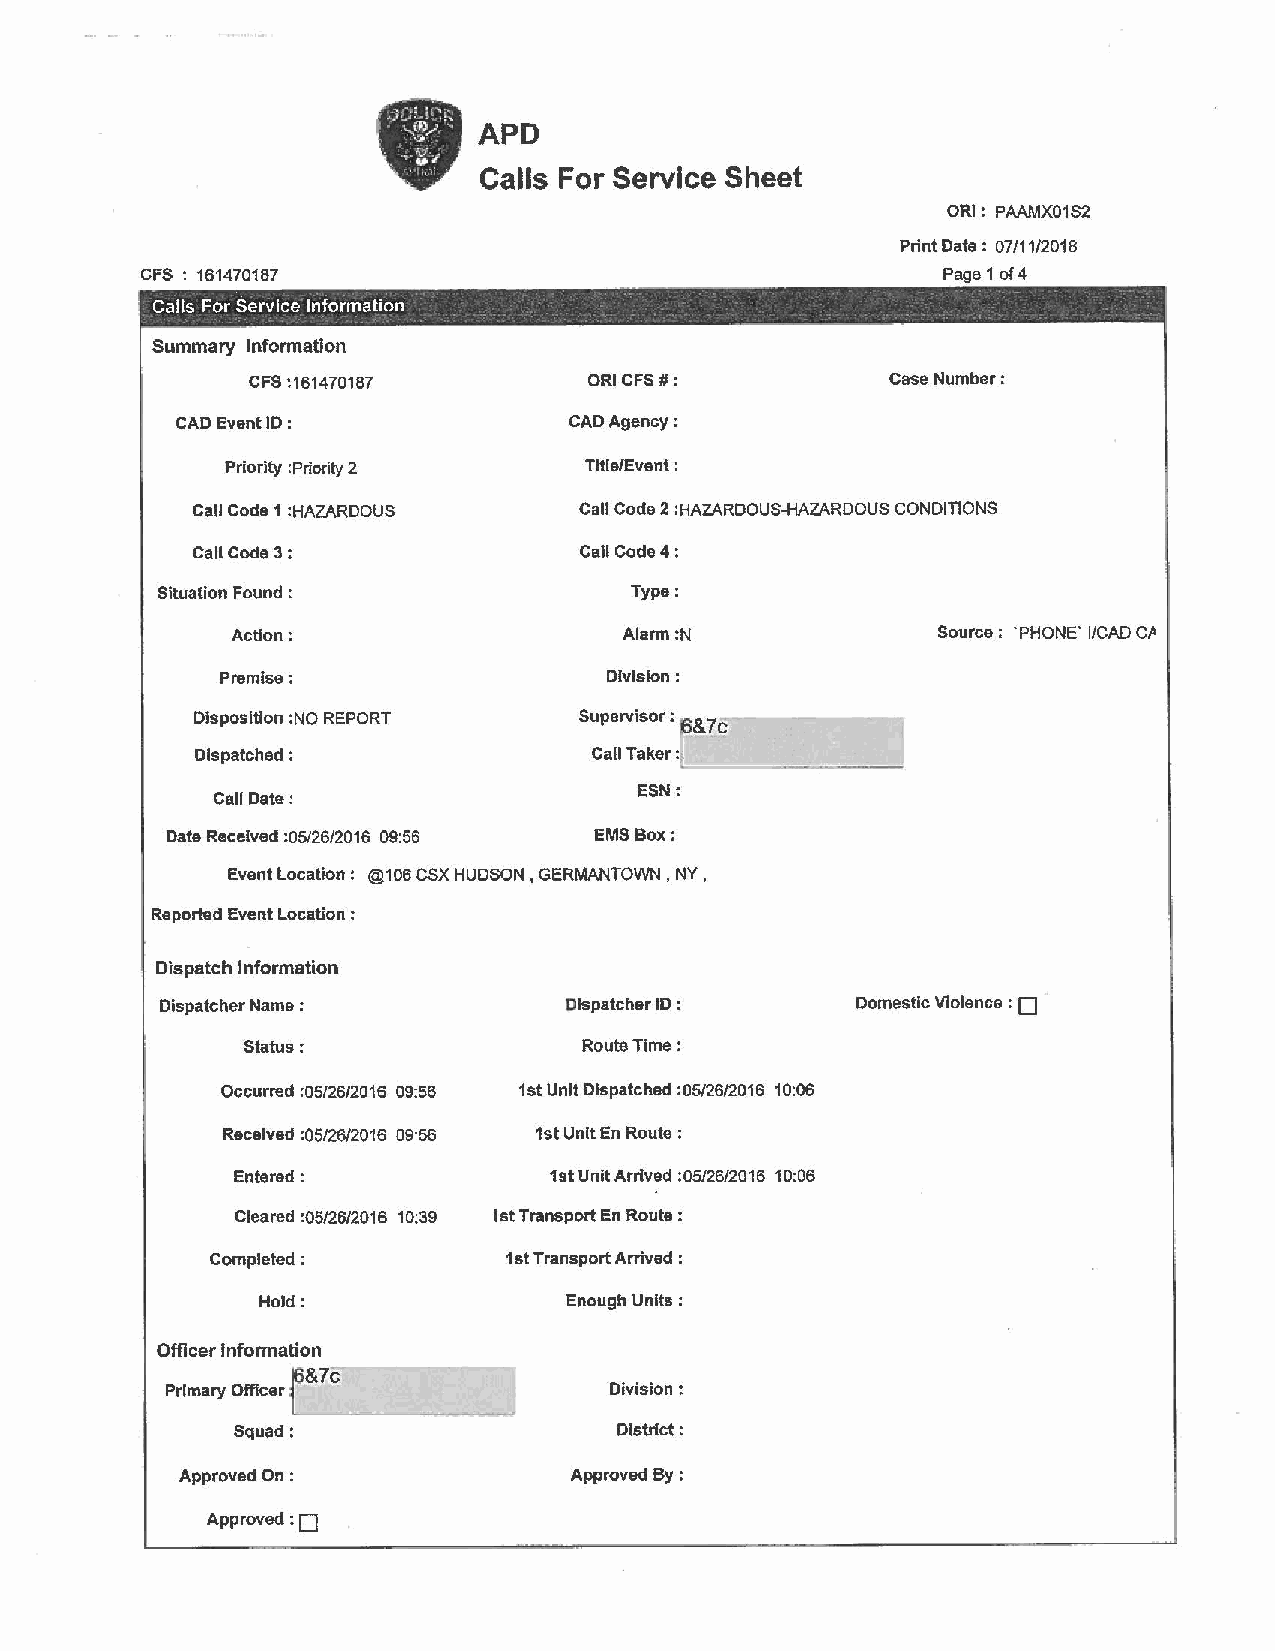
•
 APD
 Calls For Service Sheet
 ORI: PAAMX01S2
 Print Date: 07/11/2018
 CFS : 161470187                                      Page 1 of 4
 Calls For Service Information                            -
 Summary Information
 CFS :161470187         ORI CFS#:           Case Number :
 CAD Event ID :            CAD Agency:
 Priority :Priority 2    Title/Event :
 Call Code 1 :HAZARDOUS   Call Code 2 :HAZARDOUS-HAZARDOUS CONDITIONS
 Call Code3:              Call Code 4:
 Situation Found :               Type:
 Action:                   Alarm :N             Source: "PHONE" I/CAD C/l
 Premise;                  Division:
 Disposition :NO REPORT   Supervisor :
 Dispatched :              Call Taker:
 ESN:
 Call Date:
 Date Received :05/26/2016 09:56 EMS Box:
 Event Location: @106 CSX HUDSON, GERMANTOWN, NY,
 Reported Event Location:
 Dispatch Information
 D
 Dispatcher Name :         Dispatcher ID :     Domestic Violence :
 Status:                Route Time:
 Occurred :05/26/2016 09:56 1st Unit Dispatched :05/26/2016 10:06
 Received :05/26/2016 09:56 1st Unit En Route ;
 Entered:             1st Unit Arrived :05/26/2016 10:06
 Cleared :05/26/2016 10:39 1st Transport En Route:
 Completed;         1st Transport Arrived :
 Hold:               Enough Units:
 Officer Information
 &7c
 Primary Officer              Division:
 Squad:                    District:
 Approved On :             Approved By :
 :o
 Approved